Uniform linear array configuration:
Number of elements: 8
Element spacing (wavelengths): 0.5
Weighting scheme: cosine
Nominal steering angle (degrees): -15
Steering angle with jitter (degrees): -14.32
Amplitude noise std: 0.05
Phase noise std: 0.05

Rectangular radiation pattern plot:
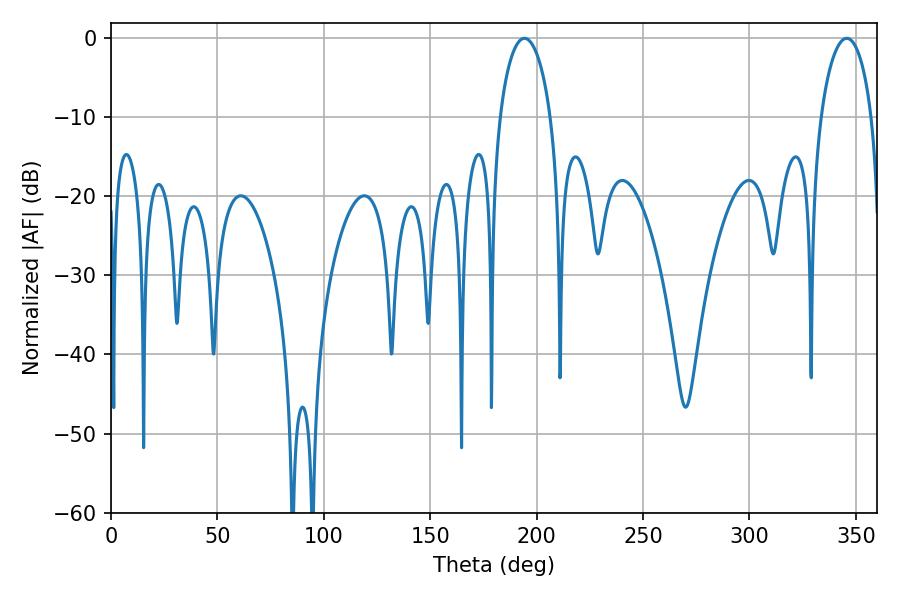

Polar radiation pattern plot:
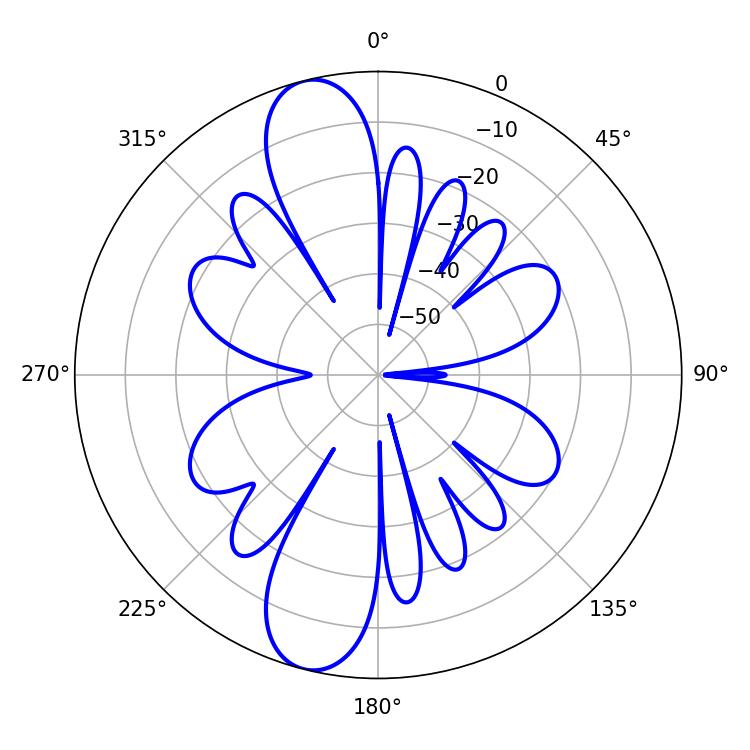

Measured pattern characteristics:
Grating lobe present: FALSE
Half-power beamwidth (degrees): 13.68
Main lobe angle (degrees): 194.22